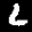
Label: 6